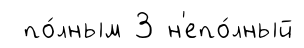
по́лным 3 н'епо́лный